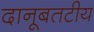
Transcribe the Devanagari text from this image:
दानूबतटीय